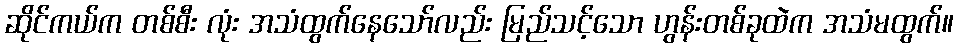
ဆိုင်ကယ်က တစ်စီး လုံး အသံထွက်နေသော်လည်း မြည်သင့်သော ဟွန်းတစ်ခုထဲက အသံမထွက်။